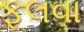
ફૂલવા